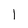
Character: 1